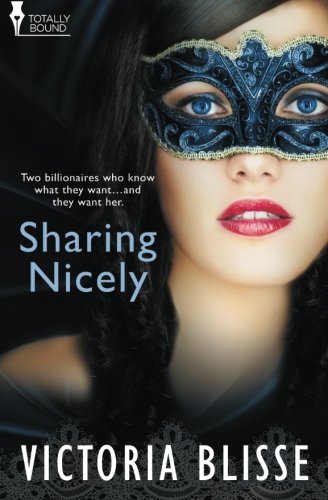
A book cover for Sharing Nicely; Victoria Blisse; Romance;